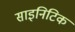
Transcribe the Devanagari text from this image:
साइनिटिक